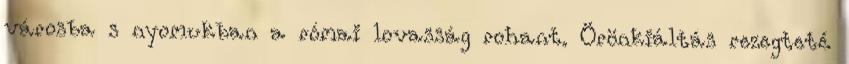
városba s nyomukban a római lovasság rohant. Örönkiáltás rezegteté